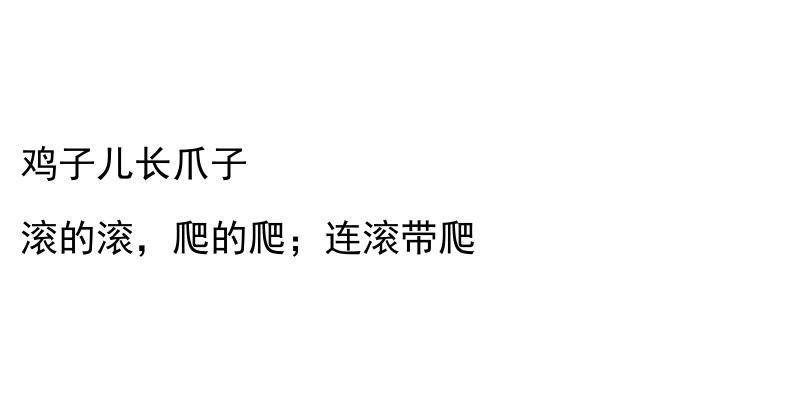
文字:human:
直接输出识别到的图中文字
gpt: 鸡子儿长爪子 滚的滚，爬的爬；连滚带爬